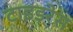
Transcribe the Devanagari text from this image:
टाइडरेस